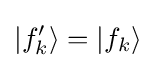
|f_{k}'\rangle =|f_{k}\rangle